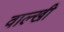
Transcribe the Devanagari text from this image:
वाल्खी